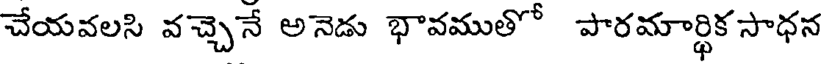
చేయవలసి వచ్చెనే అనెడు భావముతో పారమార్థిక సాధన